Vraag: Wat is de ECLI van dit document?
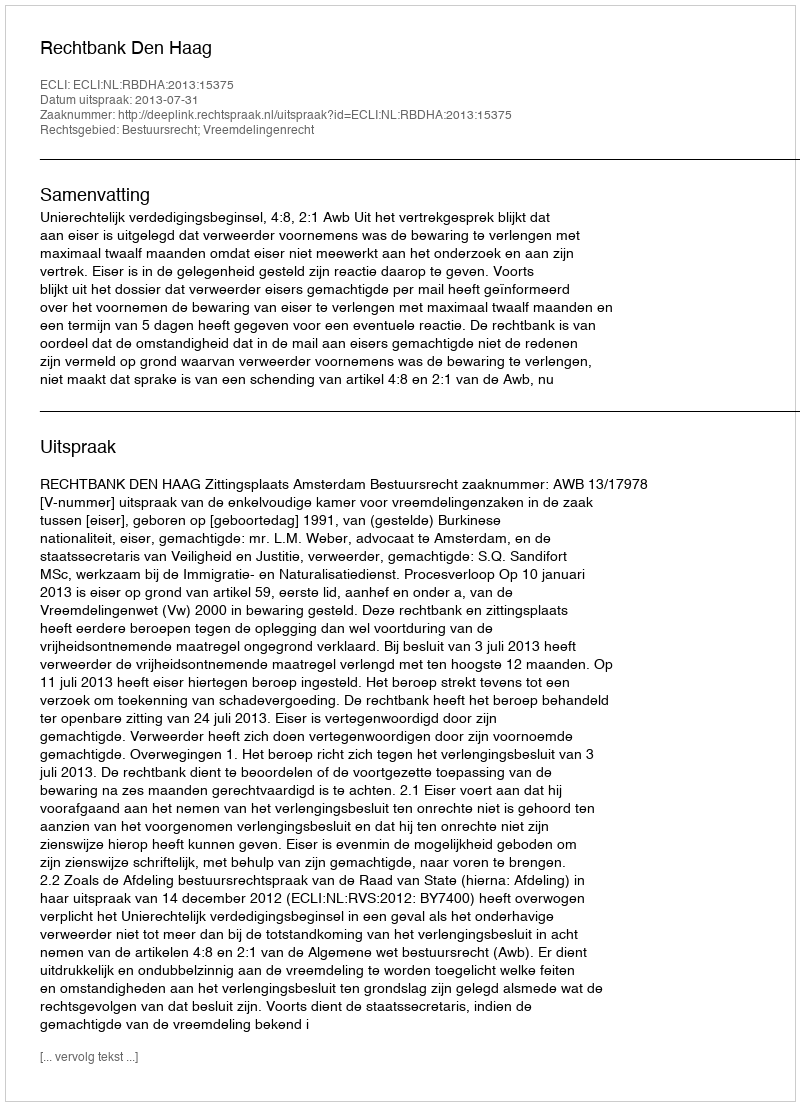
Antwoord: ECLI:NL:RBDHA:2013:15375